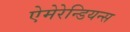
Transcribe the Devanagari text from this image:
ऐमेरेन्डियन्स